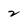
Character: 2